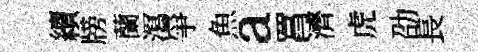
續牓蘭㵼爭魚a罥濟虎劭長